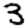
Digit: 3